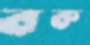
বক